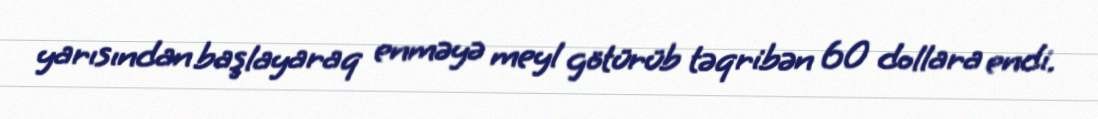
yarısından başlayaraq enməyə meyl götürüb təqribən 60 dollara endi.